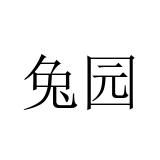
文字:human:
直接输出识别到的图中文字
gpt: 兔园